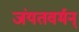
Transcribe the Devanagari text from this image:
जंयतवर्मन्